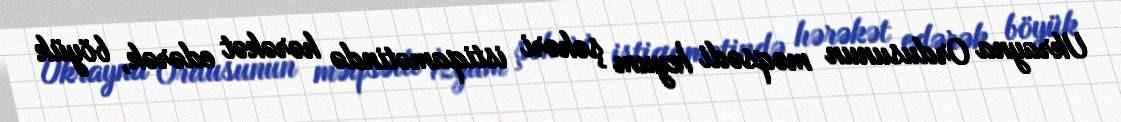
Ukrayna Ordusunun məqsədi İzyum şəhəri istiqamətində hərəkət edərək, böyük